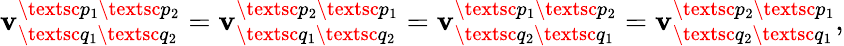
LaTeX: \mathbf{v}_{\textsc{{q}}_{1}\textsc{{q}}_{2}}^{\textsc{{p}}_{1}\textsc{{p}}_{2}}=\mathbf{v}_{\textsc{{q}}_{1}\textsc{{q}}_{2}}^{\textsc{{p}}_{2}\textsc{{p}}_{1}}=\mathbf{v}_{\textsc{{q}}_{2}\textsc{{q}}_{1}}^{\textsc{{p}}_{1}\textsc{{p}}_{2}}=\mathbf{v}_{\textsc{{q}}_{2}\textsc{{q}}_{1}}^{\textsc{{p}}_{2}\textsc{{p}}_{1}},